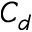
C _ { d }